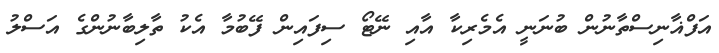
އަފްޣާނިސްތާނުން ބުނަނީ އެމެރިކާ އާއި ނޭޓޯ ސިފައިން ފޭބުމާ އެކު ތާލިބާނުންގެ އަސްލު